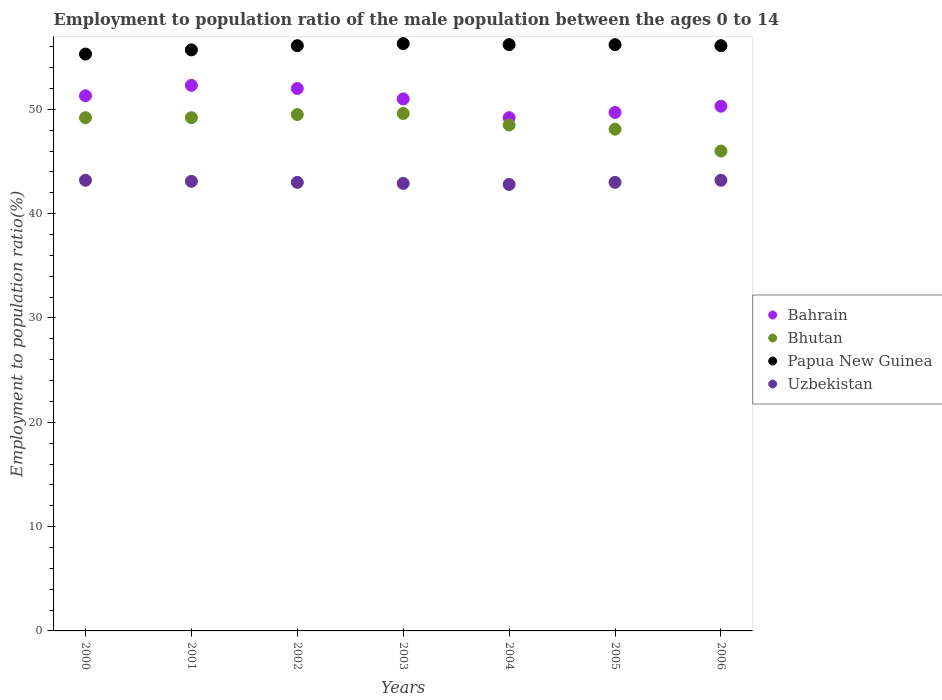
| Years | Bahrain | Bhutan | Papua New Guinea | Uzbekistan |
 | --- | --- | --- | --- | --- |
 | 2000 | 51.3 | 49.2 | 55.3 | 43.2 |
 | 2001 | 52.3 | 49.2 | 55.7 | 43.1 |
 | 2002 | 52 | 49.5 | 56.1 | 43 |
 | 2003 | 51 | 49.6 | 56.3 | 42.9 |
 | 2004 | 49.2 | 48.5 | 56.2 | 42.8 |
 | 2005 | 49.7 | 48.1 | 56.2 | 43 |
 | 2006 | 50.3 | 46 | 56.1 | 43.2 |